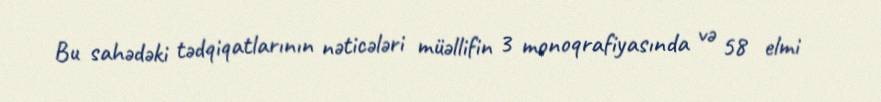
Bu sahədəki tədqiqatlarının nəticələri müəllifin 3 monoqrafiyasında və 58 elmi